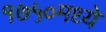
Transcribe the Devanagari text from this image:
१७५०मध्ये